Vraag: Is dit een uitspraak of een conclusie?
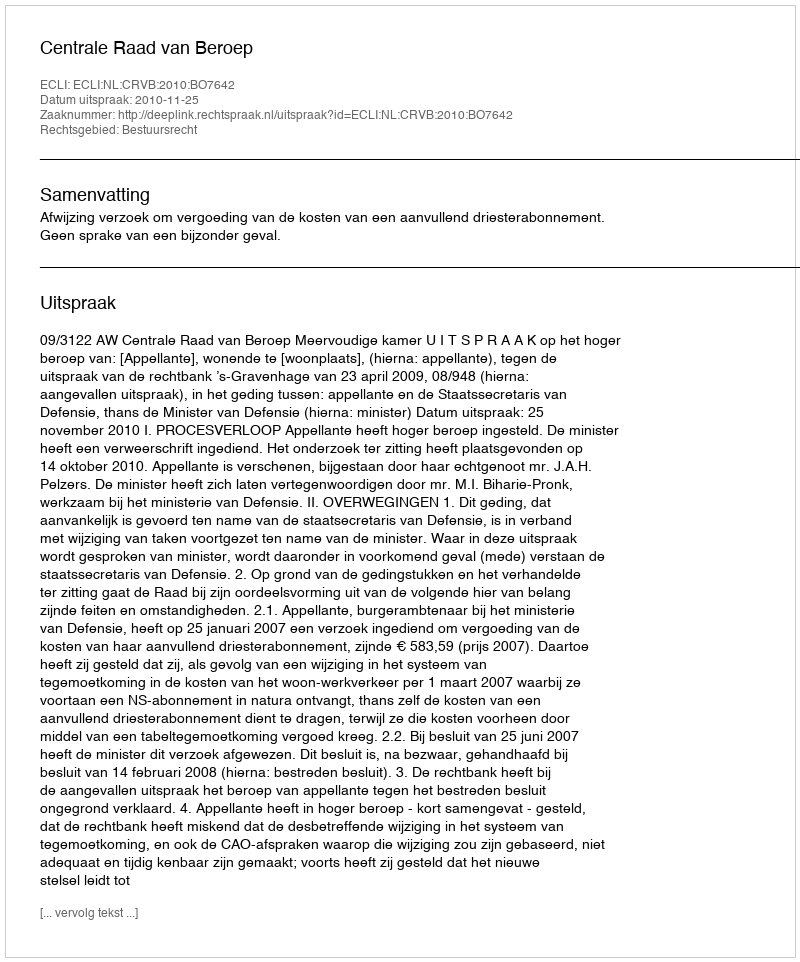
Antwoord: Uitspraak